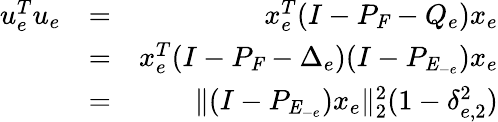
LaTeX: \begin{array}{rlr}{u_{e}^{T}u_{e}}&{=}&{x_{e}^{T}(I-P_{\mathit{F}}-Q_{e})x_{e}}\\ &{=}&{x_{e}^{T}(I-P_{\mathit{F}}-\Delta_{e})(I-P_{\mathit{E}_{-e}})x_{e}}\\ &{=}&{\| (I-P_{\mathit{E}_{-e}})x_{e}\| _{2}^{2}(1-\delta_{e,2}^{2})}\end{array}